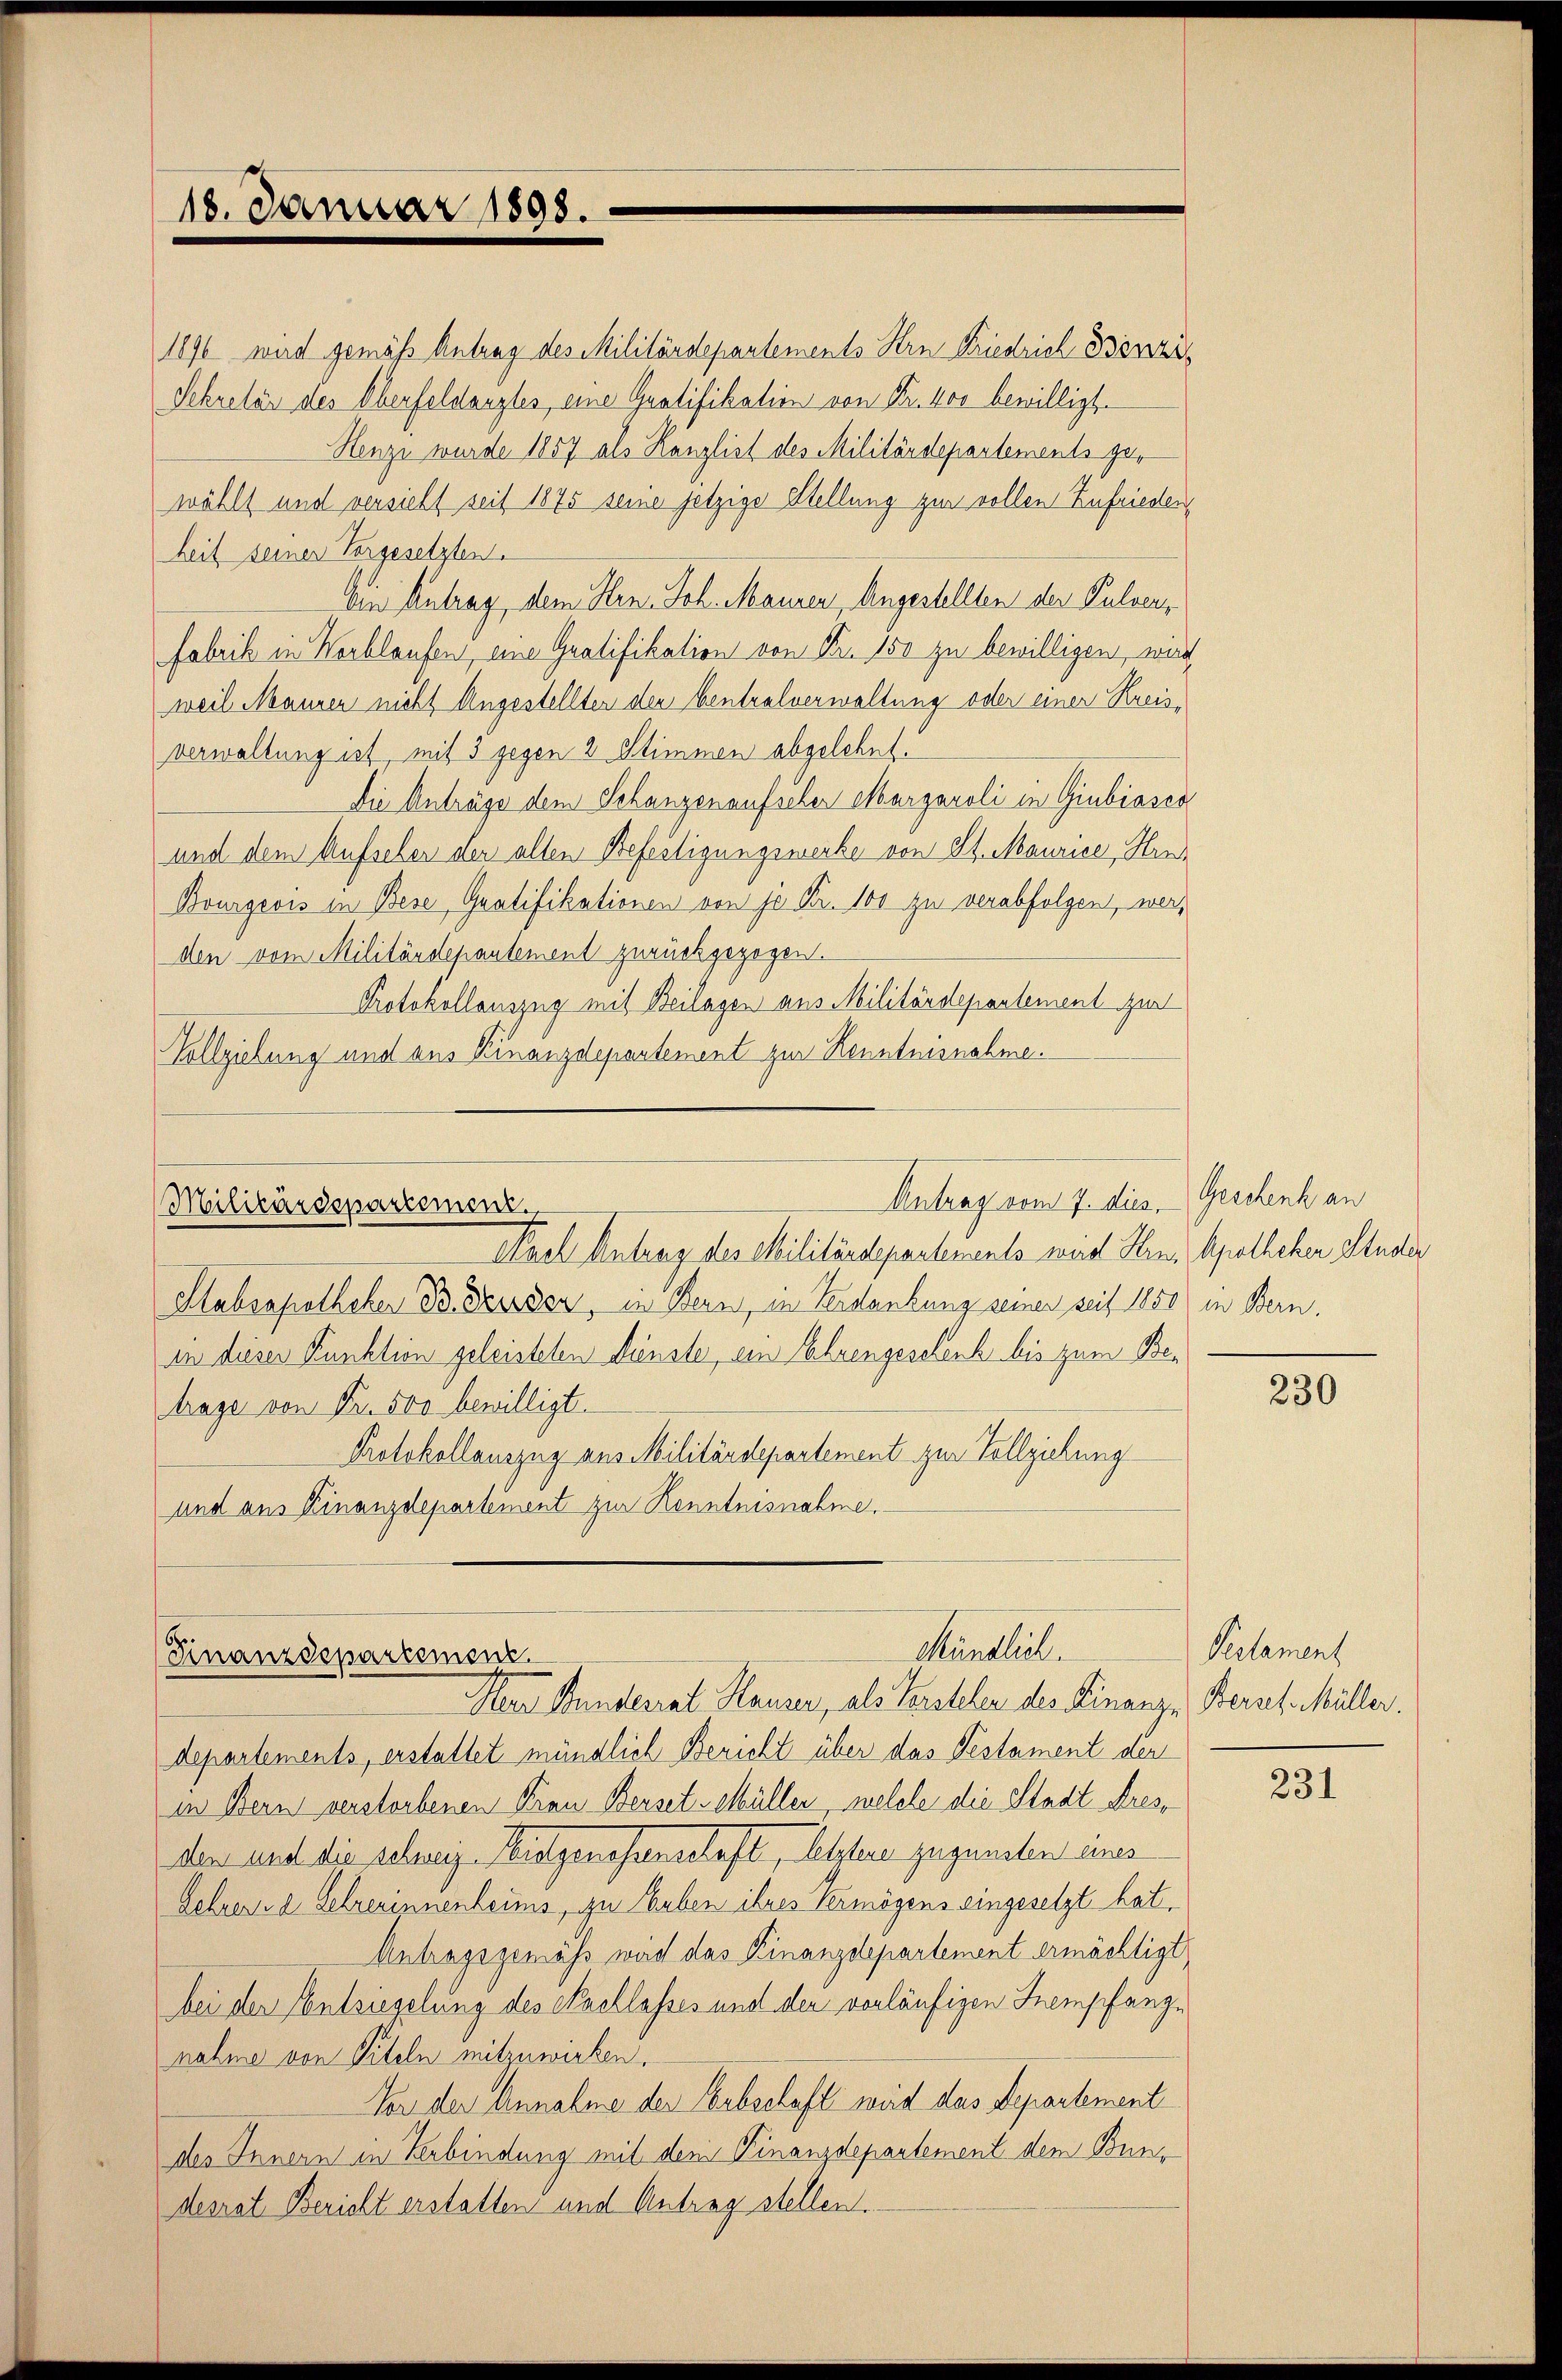
18. Januar 1898.

1896 wird gemäß Antrag des Militärdepartements Hrn Friedrich Binzi¬
Sekretär des Oberfeldanztes, eine Gratifikation von Fr. 400 bewilligt.
Henzi wurde 1857 als Kanzlist des Militärdepartements gewählt und versieht seit 1875 seine jetzige Stellung zur vollen Zufrieden
heit seiner Vergesetzten.
Amn Antrag, dem Hrn. Joh. Mauren, Angestellten der Pulver,
Fabrik in Verblaufen, eine Gratifikation von Fr. 150 zu bewilligen, wird
weil Mauren nicht Angestellten den Centralverwaltung oder einer Kreisverwaltung ist mit 3 gegen 2 Stimmen abgelehnt.
Die Anträge dem Schanzenaufscher Margaroli in Giubiasca
und dem Aufsehen der alten Befestigungswerke von St. Maurice, Hrn
Bourgeois in Bese Gratifikationen von je Fr. 100 zu verabfolgen, werden vom Militärdepantement zurückgezogen.
Protokollauszug mit Beilagen aus Militärdepontement zur
Vollziehung und aus Kinanzdepartement zur Kenntnisnahme.

Antrag vom 7. dies Geschenk an
Militärdepartemen
Nach Antrag des Militärdepartements wird Hrn. Apotheker Studer

Stabsapotheker B. deusen, in Bern, in Verdankung seiner seit 1850 in Bern.
in dieser Punktion geleisteten Dienster, ein Ehrengeschenk bis zum Betrage von Fr. 500 bewilligt.
Protokollauszug aus Militärdepartement zur Vollziehung
und aus Finanzdepartement zur Kenntnisnahme.

Mündlich.
Finanzdepartemenz
Mar Stunderat Hauen, als Vorsteler des Finanze Berat Müller.

departements, erstattet mündlich Bericht über das Testament der
in Bern verstorbenen Frau Berset-Müller welche die Stadt dresden und die schini-Kitgenossenschaft, letztere zugunsten uns
Lehresia Lehrerinnenbaums, zu Huben ihres Vermögens eingesetzt hat,
Antragsgemäß wach das Kinanzdepartement ermächtigt,
bei der Entsiegelung des Nachlasses und der vorläufigen Inempfange
nahme von Titeln mitzuwirken.
Vor der Annahme der Erbschaft wird das Departement
des Innern in Verbindung mit dem Finanzdepartement dem Bundesrat Bericht erstatten und Antrag stellen.

230

Pestament

231